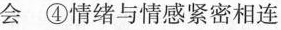
会 ④情绪与情感紧密相连